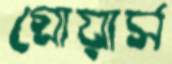
গ্রোয়ার্স